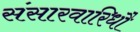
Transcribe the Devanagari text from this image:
संसारवारिधौ